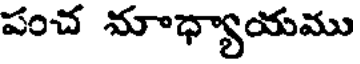
పంచ మాధ్యాయము